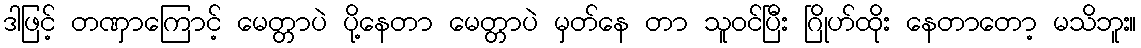
ဒါဖြင့် တဏှာကြောင့် မေတ္တာပဲ ပို့နေတာ မေတ္တာပဲ မှတ်နေ တာ သူဝင်ပြီး ဂြိုဟ်ထိုး နေတာတော့ မသိဘူး။